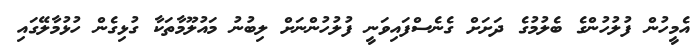
އެމީހުން ފުލުހުންގެ ބެލުމުގެ ދަށަށް ގެނެސްފައިވަނީ ފުލުހުންނަށް ލިބުނު މައުލޫމާތަކާ ގުޅިގެން ހުޅުމާލޭގައި